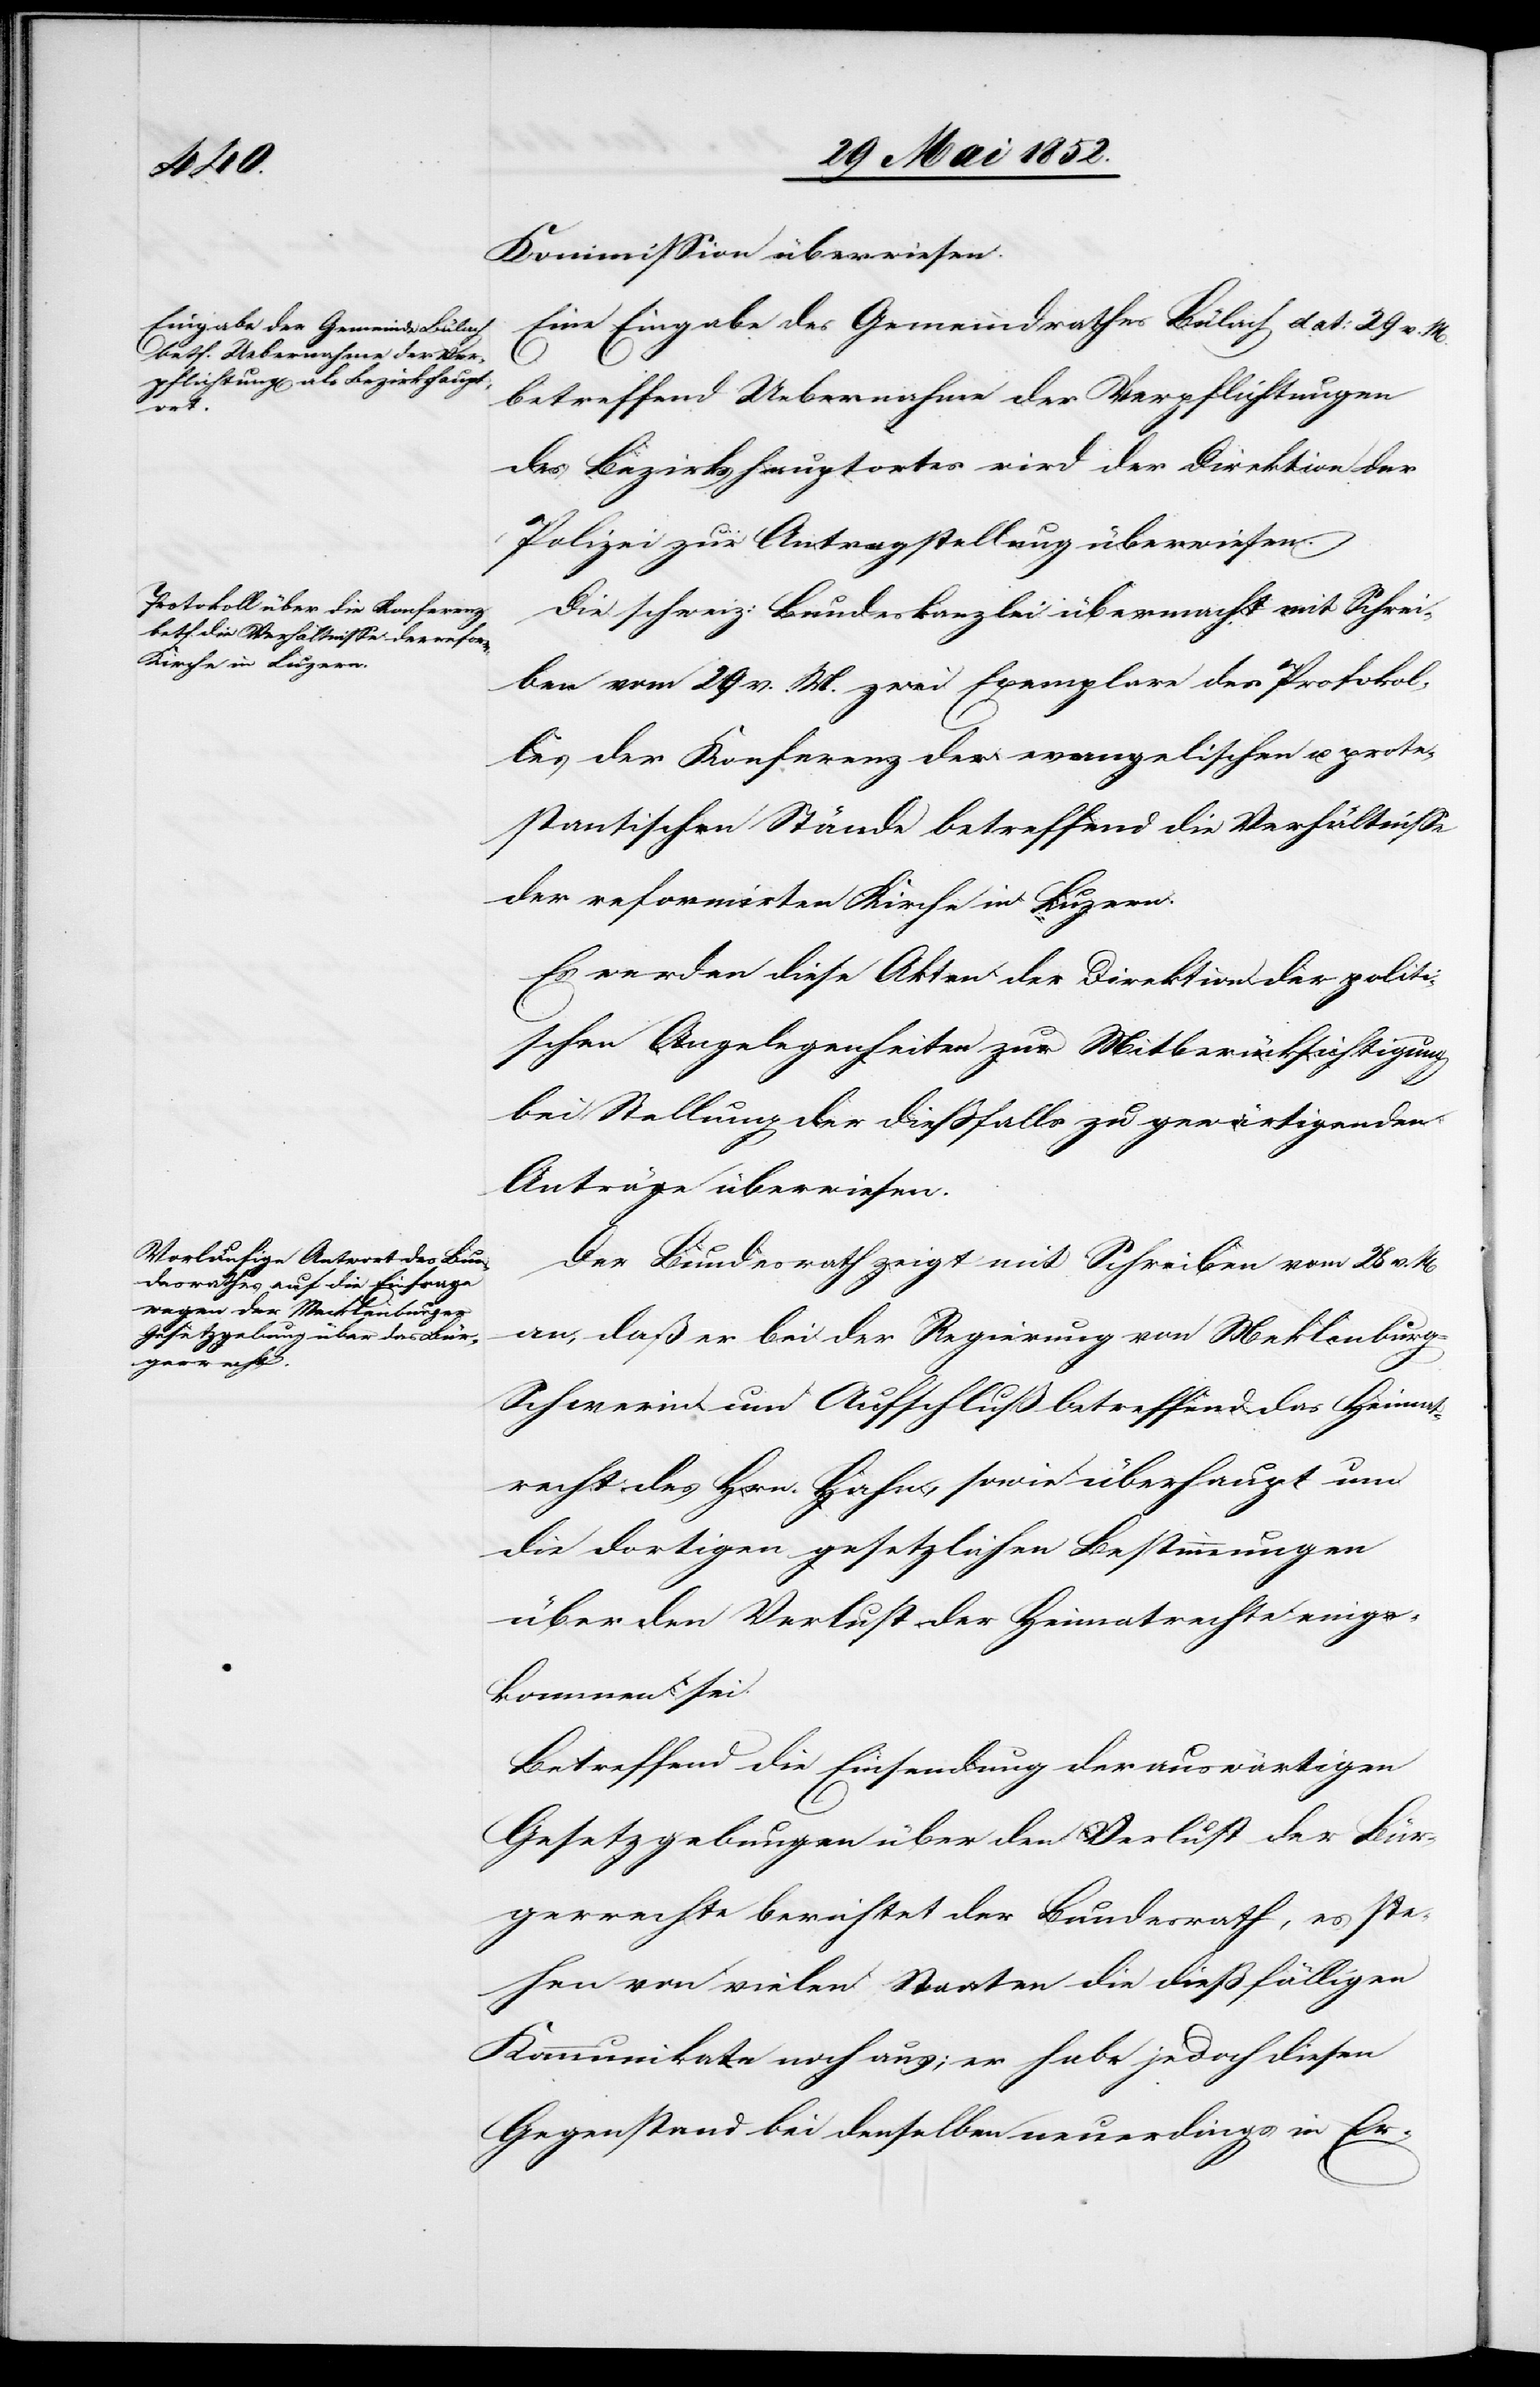
den

2. Juni 1852.]
Kommission überwiesen.
Eine Eingabe des Gemeindrathes Bülach dat: 29 v. M.
betreffend Uebernahme der Verpflichtungen
des Bezirkshauptortes wird der Direktion der
Polizei zur Antragstellung überwiesen.
Die schweiz: Bundeskanzlei übermacht mit Schrei¬
ben vom 29 v. M. zwei Exemplare des Protokol¬
les der Konferenz der evangelischen u. prote¬
stantischen Stände betreffend die Verhältnisse
der reformirten Kirche in Luzern.
Es werden diese Akten der Direktion der politi¬
schen Angelegenheiten zur Mitberücksichtigung
bei Stellung der diessfalls zu gewärtigenden
Anträge überwiesen.
Der Bundesrath zeigt mit Schreiben vom 28 v. M
an, daß er bei der Regierung von Meklenbur¬
g-Schwerin um Aufschluß betreffend das Heimat¬
recht des Hrn. Hahn, sowie überhaupt um
die dortigen gesetzlichen Bestimmungen
über den Verlust der Heimatrechte einge¬
kommen sei.
Betreffend die Einsendung der auswärtigen
Gesetzgebungen über den Verlust der Bür¬
gerrechte berichtet der Bundesrath, es ste¬
hen von vielen Staaten die dießfälligen
Kommunikate noch aus; er habe jedoch diesen
Gegenstand bei denselben neuerdings in Er-